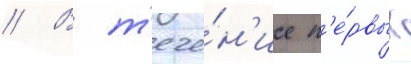
// В т'ече́н'ие п'е́рвых